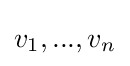
{\textstyle v_{1},...,v_{n}}